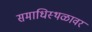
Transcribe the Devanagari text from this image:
समाधिस्थळावर